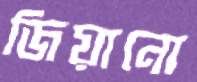
জিয়ানো